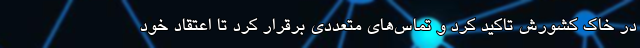
در خاک کشورش تاکید کرد و تماس‌های متعددی برقرار کرد تا اعتقاد خود